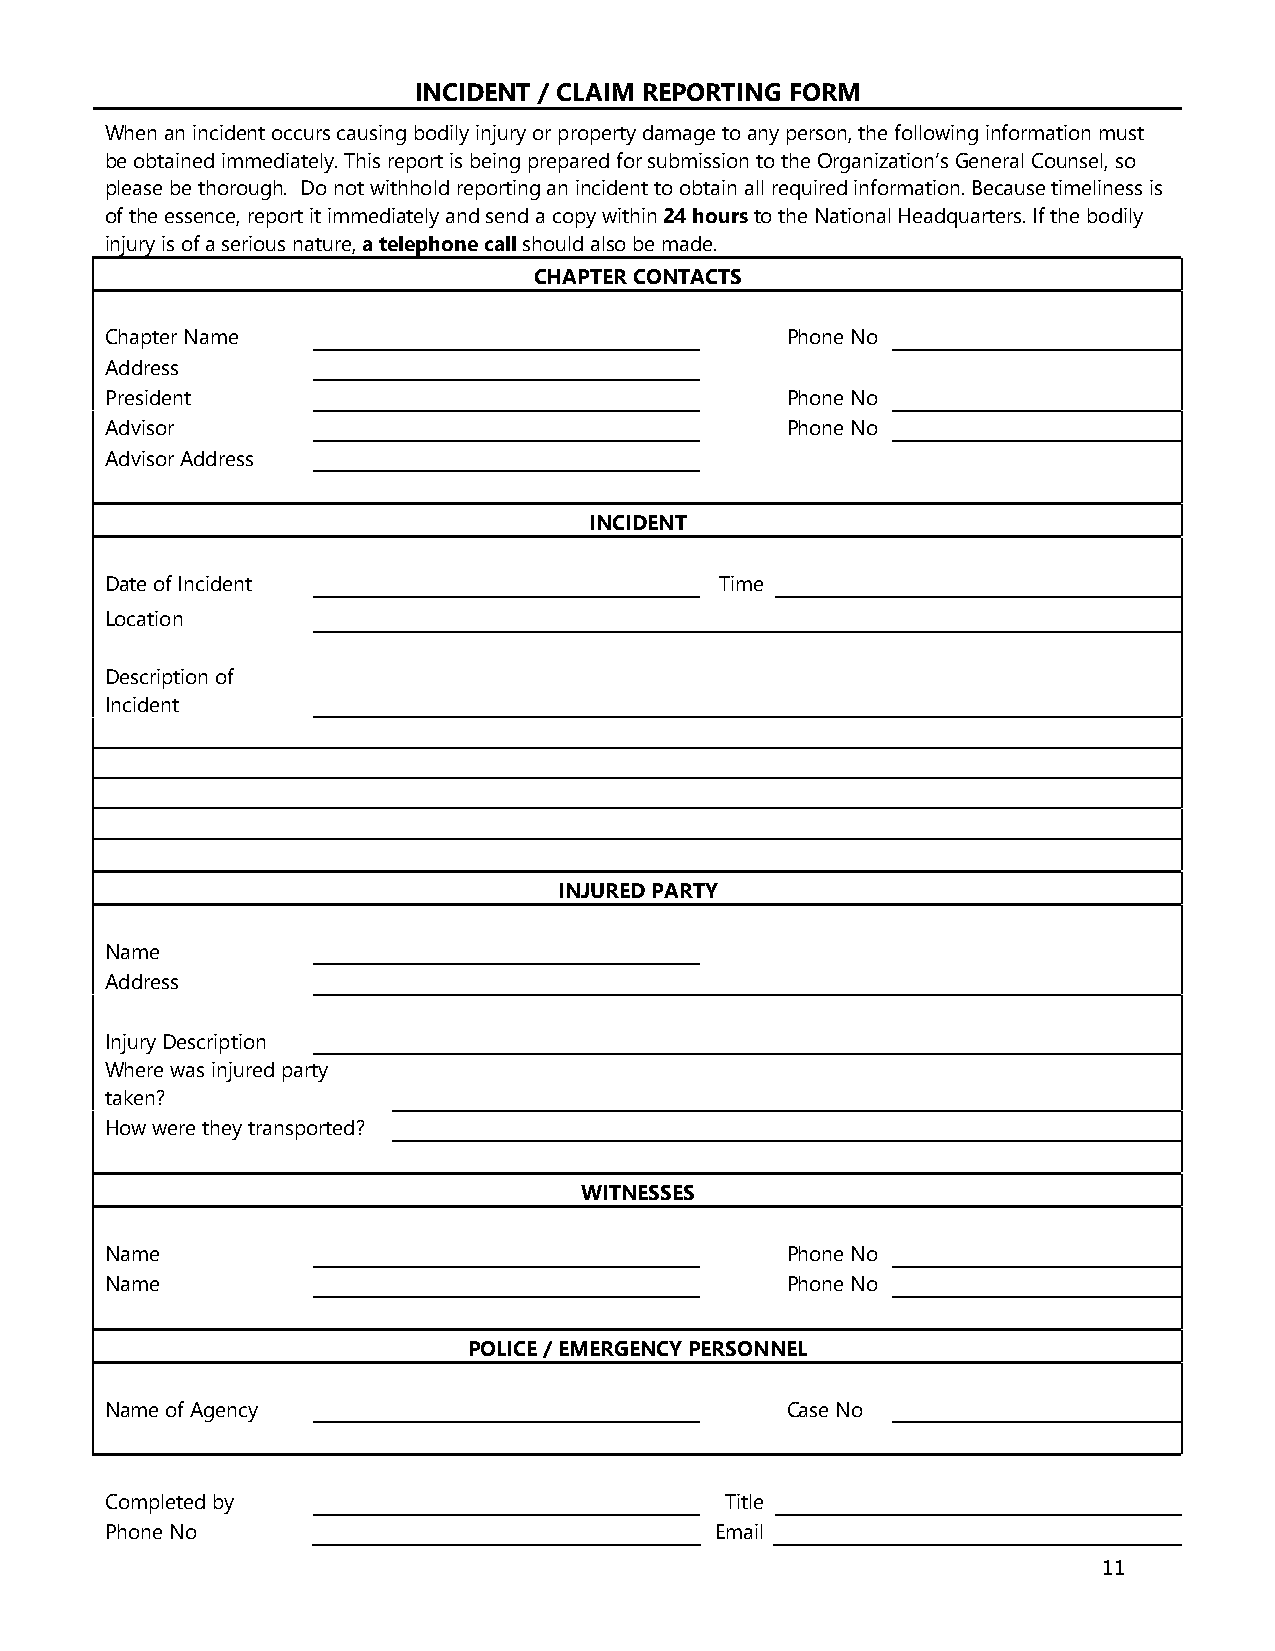
INCIDENT / CLAIM REPORTING FORM
 When an incident occurs causing bodily injury or property damage to any person, the following information must
 be obtained immediately. This report is being prepared for submission to the Organization’s General Counsel, so
 please be thorough. Do not withhold reporting an incident to obtain all required information. Because timeliness is
 of the essence, report it immediately and send a copy within 24 hours to the National Headquarters. If the bodily
 injury is of a serious nature, a telephone call should also be made.
 CHAPTER CONTACTS
 Chapter Name                                 Phone No
 Address
 President                                    Phone No
 Advisor                                      Phone No
 Advisor Address
 INCIDENT
 Date of Incident                         Time
 Location
 Description of
 Incident
 INJURED PARTY
 Name
 Address
 Injury Description
 Where was injured party
 taken?
 How were they transported?
 WITNESSES
 Name                                         Phone No
 Name                                         Phone No
 POLICE / EMERGENCY PERSONNEL
 Name of Agency                               Case No
 Completed by                             Title
 Phone No                                Email
 11